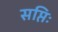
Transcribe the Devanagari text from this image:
सप्तिः